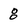
Character: 8